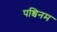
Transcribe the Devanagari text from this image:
पश्चिनम